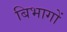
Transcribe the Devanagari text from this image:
बिभागों